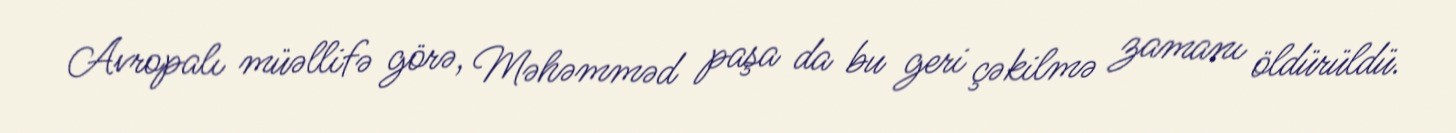
Avropalı müəllifə görə, Məhəmməd paşa da bu geri çəkilmə zamanı öldürüldü.